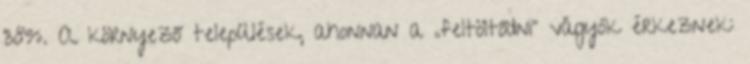
38%. A környező települések, ahonnan a „feltöltődni” vágyók érkeznek: